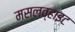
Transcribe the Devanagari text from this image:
मसलव्हाइट